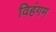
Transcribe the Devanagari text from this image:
विहंगम